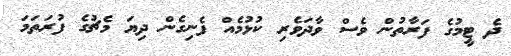
ދެ ޓީމުގެ ފަރާތުން ވެސް ވާދަވެރި ކުޅުމެއް ފެނިގެން ދިޔަ މެޗުގެ ފުރަތަމަ